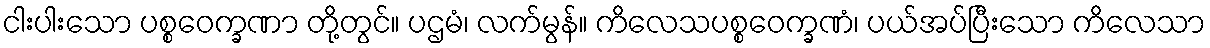
ငါးပါးသော ပစ္စဝေက္ခဏာ တို့တွင်။ ပဌမံ၊ လက်မွန်။ ကိလေသပစ္စဝေက္ခဏံ၊ ပယ်အပ်ပြီးသော ကိလေသာ